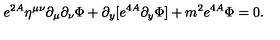
e ^ { 2 A } \eta ^ { \mu \nu } \partial _ { \mu } \partial _ { \nu } \Phi + \partial _ { y } [ e ^ { 4 A } \partial _ { y } \Phi ] + m ^ { 2 } e ^ { 4 A } \Phi = 0 .